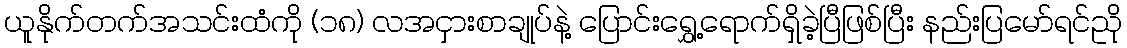
ယူနိုက်တက်အသင်းထံကို (၁၈) လအငှားစာချုပ်နဲ့ ပြောင်းရွှေ့ရောက်ရှိခဲ့ပြီဖြစ်ပြီး နည်းပြမော်ရင်ညို